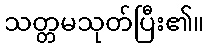
သတ္တမသုတ်ပြီး၏။